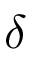
\delta